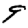
Digit: 9